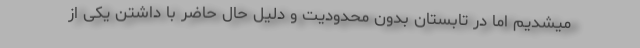
میشدیم اما در تابستان بدون محدودیت و دلیل حال حاضر با داشتن یکی از